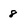
Character: 8